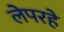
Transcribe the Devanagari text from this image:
लेपरहे